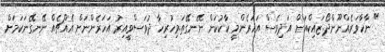
" ނާހާވަރެއްނޫންދޯ.ޒައިކްއަށް އަދިވެސް އަހަރެންމީ ކާކުކަން ނޭނގޭތަ.މިހުރިހާ ދުވަސްވީއިރު އަހަރެންނަށް އެއްޗެއް ނޭނގޭނަކަމަށް